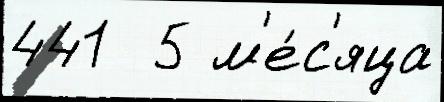
441  5 м'е́с'яца